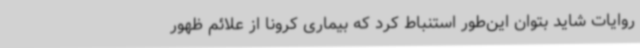
روایات شاید بتوان این‌طور استنباط کرد که بیماری کرونا از علائم ظهور